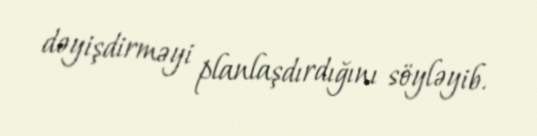
dəyişdirməyi planlaşdırdığını söyləyib.